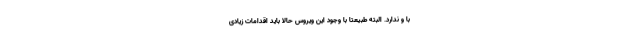
با و ندارد. البته طبیعتاً با وجود این ویروس حالا باید اقدامات زیادی